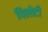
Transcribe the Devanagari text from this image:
पिलोटी